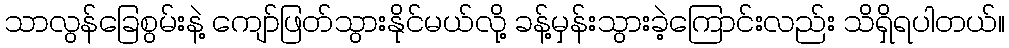
သာလွန်ခြေစွမ်းနဲ့ ကျော်ဖြတ်သွားနိုင်မယ်လို့ ခန့်မှန်းသွားခဲ့ကြောင်းလည်း သိရှိရပါတယ်။